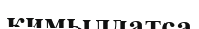
қимылдатса